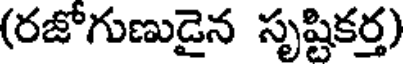
(రజోగుణుడైన సృష్టికర్త)